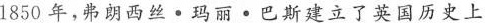
1850年，弗朗西丝·玛丽·巴斯建立了英国历史上